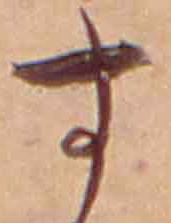
す